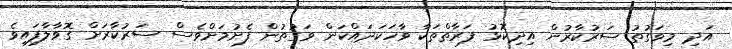
އަދި މިވަގުތު ސަރުކާރުން އިދިކޮޅު ފަރާތްތަކާ ވާހަކަދައްކަން ވަގުތުން ފެށުމަށްވެސް ސަރުކާރަށް ގޮވާލާފައިވެ